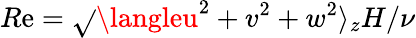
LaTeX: R\mathrm{e}=\sqrt{}{{\langleu^{2}+v^{2}+w^{2}\rangle_{z}}}H/\nu